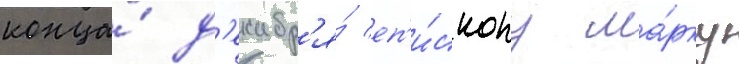
конца́ д'екабр'я́ еп'и́скопу ма́рку